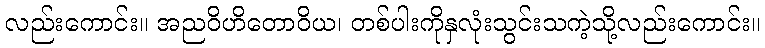
လည်းကောင်း။ အညဝိဟိတောဝိယ၊ တစ်ပါးကိုနှလုံးသွင်းသကဲ့သို့လည်းကောင်း။